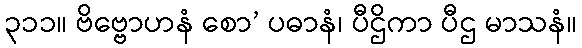
၃၁၁။ ဗိဗ္ဗောဟနံ စော’ ပဓာနံ၊ ပီဌိကာ ပီဌ မာသနံ။